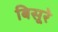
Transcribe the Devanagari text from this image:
बिसूरे